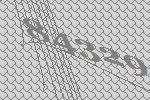
84329